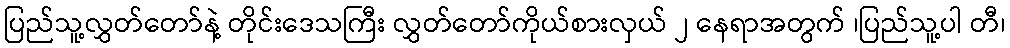
ပြည်သူ့လွှတ်တော်နဲ့ တိုင်းဒေသကြီး လွှတ်တော်ကိုယ်စားလှယ် ၂ နေရာအတွက် ၊ပြည်သူ့ပါ တီ၊